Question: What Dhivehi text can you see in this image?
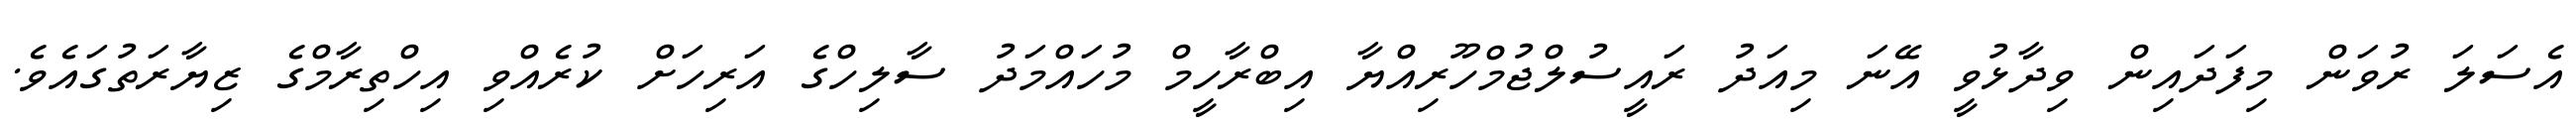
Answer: އެސަލަ ރުވަން މިފަދައިން ވިދާޅުވީ އޭނަ މިއަދު ރައީސުލްޖުމްހޫރިއްޔާ އިބްރާހީމް މުހައްމަދު ސާލިހްގެ އަރިހަށް ކުރެއްވި އިހްތިރާމްގެ ޒިޔާރަތުގައެވެ.